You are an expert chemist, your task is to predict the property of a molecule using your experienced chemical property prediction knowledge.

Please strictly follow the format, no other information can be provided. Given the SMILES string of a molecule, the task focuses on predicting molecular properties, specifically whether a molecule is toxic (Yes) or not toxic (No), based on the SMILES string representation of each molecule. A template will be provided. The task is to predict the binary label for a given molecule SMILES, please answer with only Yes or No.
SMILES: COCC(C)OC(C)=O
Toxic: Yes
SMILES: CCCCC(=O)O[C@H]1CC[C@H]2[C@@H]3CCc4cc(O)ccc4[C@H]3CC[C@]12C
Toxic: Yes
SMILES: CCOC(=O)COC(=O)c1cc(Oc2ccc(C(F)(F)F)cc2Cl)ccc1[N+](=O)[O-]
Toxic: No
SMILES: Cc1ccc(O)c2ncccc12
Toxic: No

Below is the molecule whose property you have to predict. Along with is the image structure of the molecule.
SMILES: O=C(Nc1ccccc1)Nc1ccccc1
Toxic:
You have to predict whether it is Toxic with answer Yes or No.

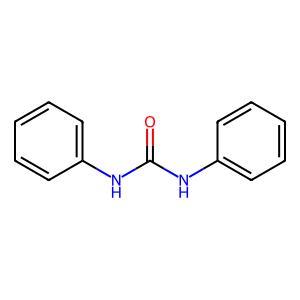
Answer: No